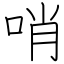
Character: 哨